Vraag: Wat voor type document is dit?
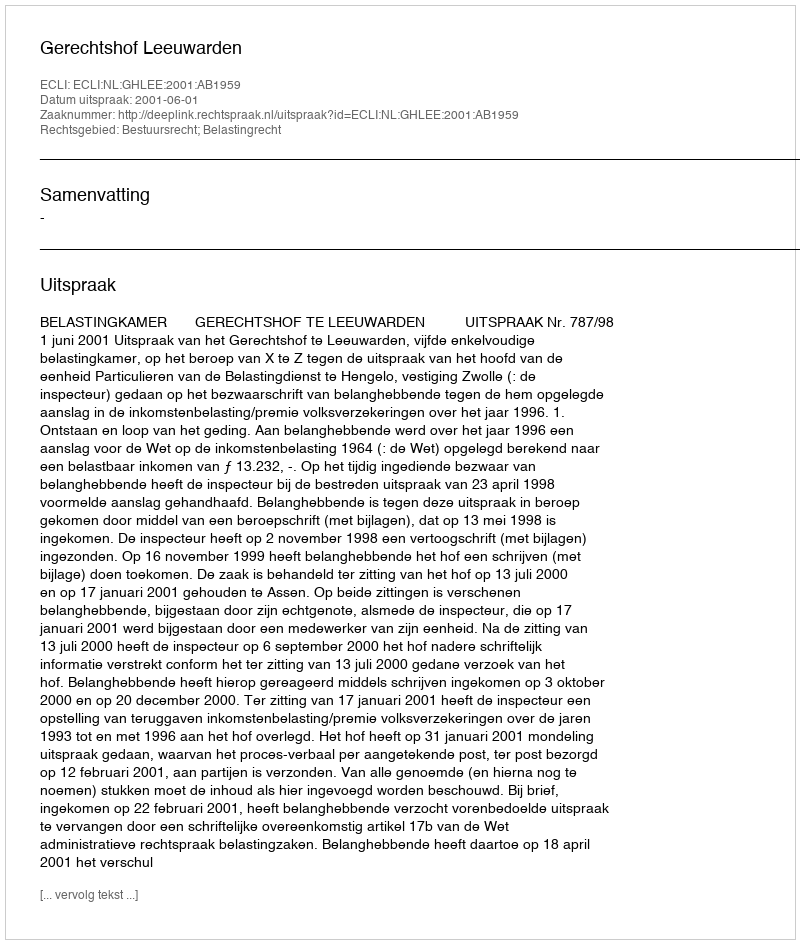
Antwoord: Uitspraak